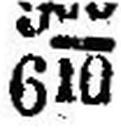
610